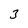
Character: 3